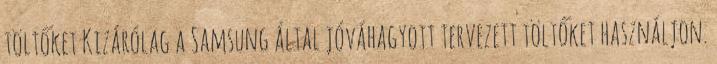
töltőket Kizárólag a Samsung által jóváhagyott tervezett töltőket használjon.